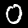
Digit: 0